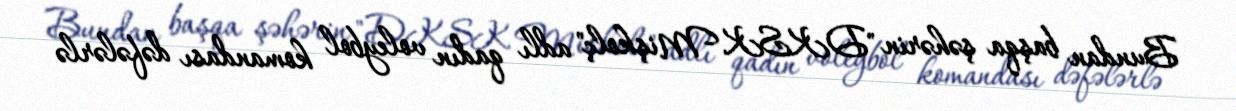
Bundan başqa şəhərin "DKSK Mişkolç" adlı qadın voleybol komandası dəfələrlə